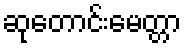
ဆုတောင်းမေတ္တာ